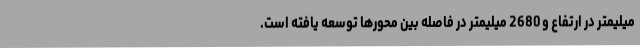
میلیمتر در ارتفاع و 2680 میلیمتر در فاصله بین محورها توسعه یافته است.